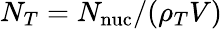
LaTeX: N_{T}=N_{\mathrm{nuc}}/(\rho_{T}V)